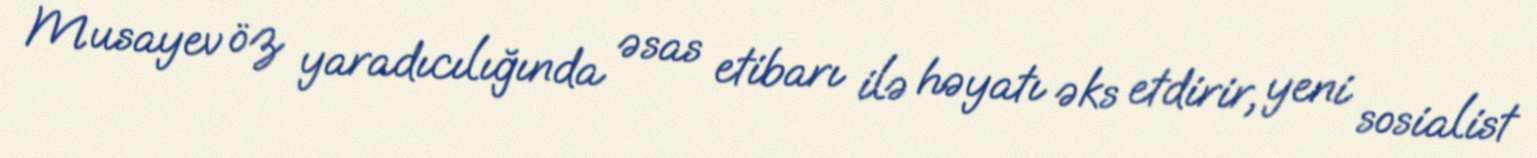
Musayev öz yaradıcılığında əsas etibarı ilə həyatı əks etdirir, yeni sosialist